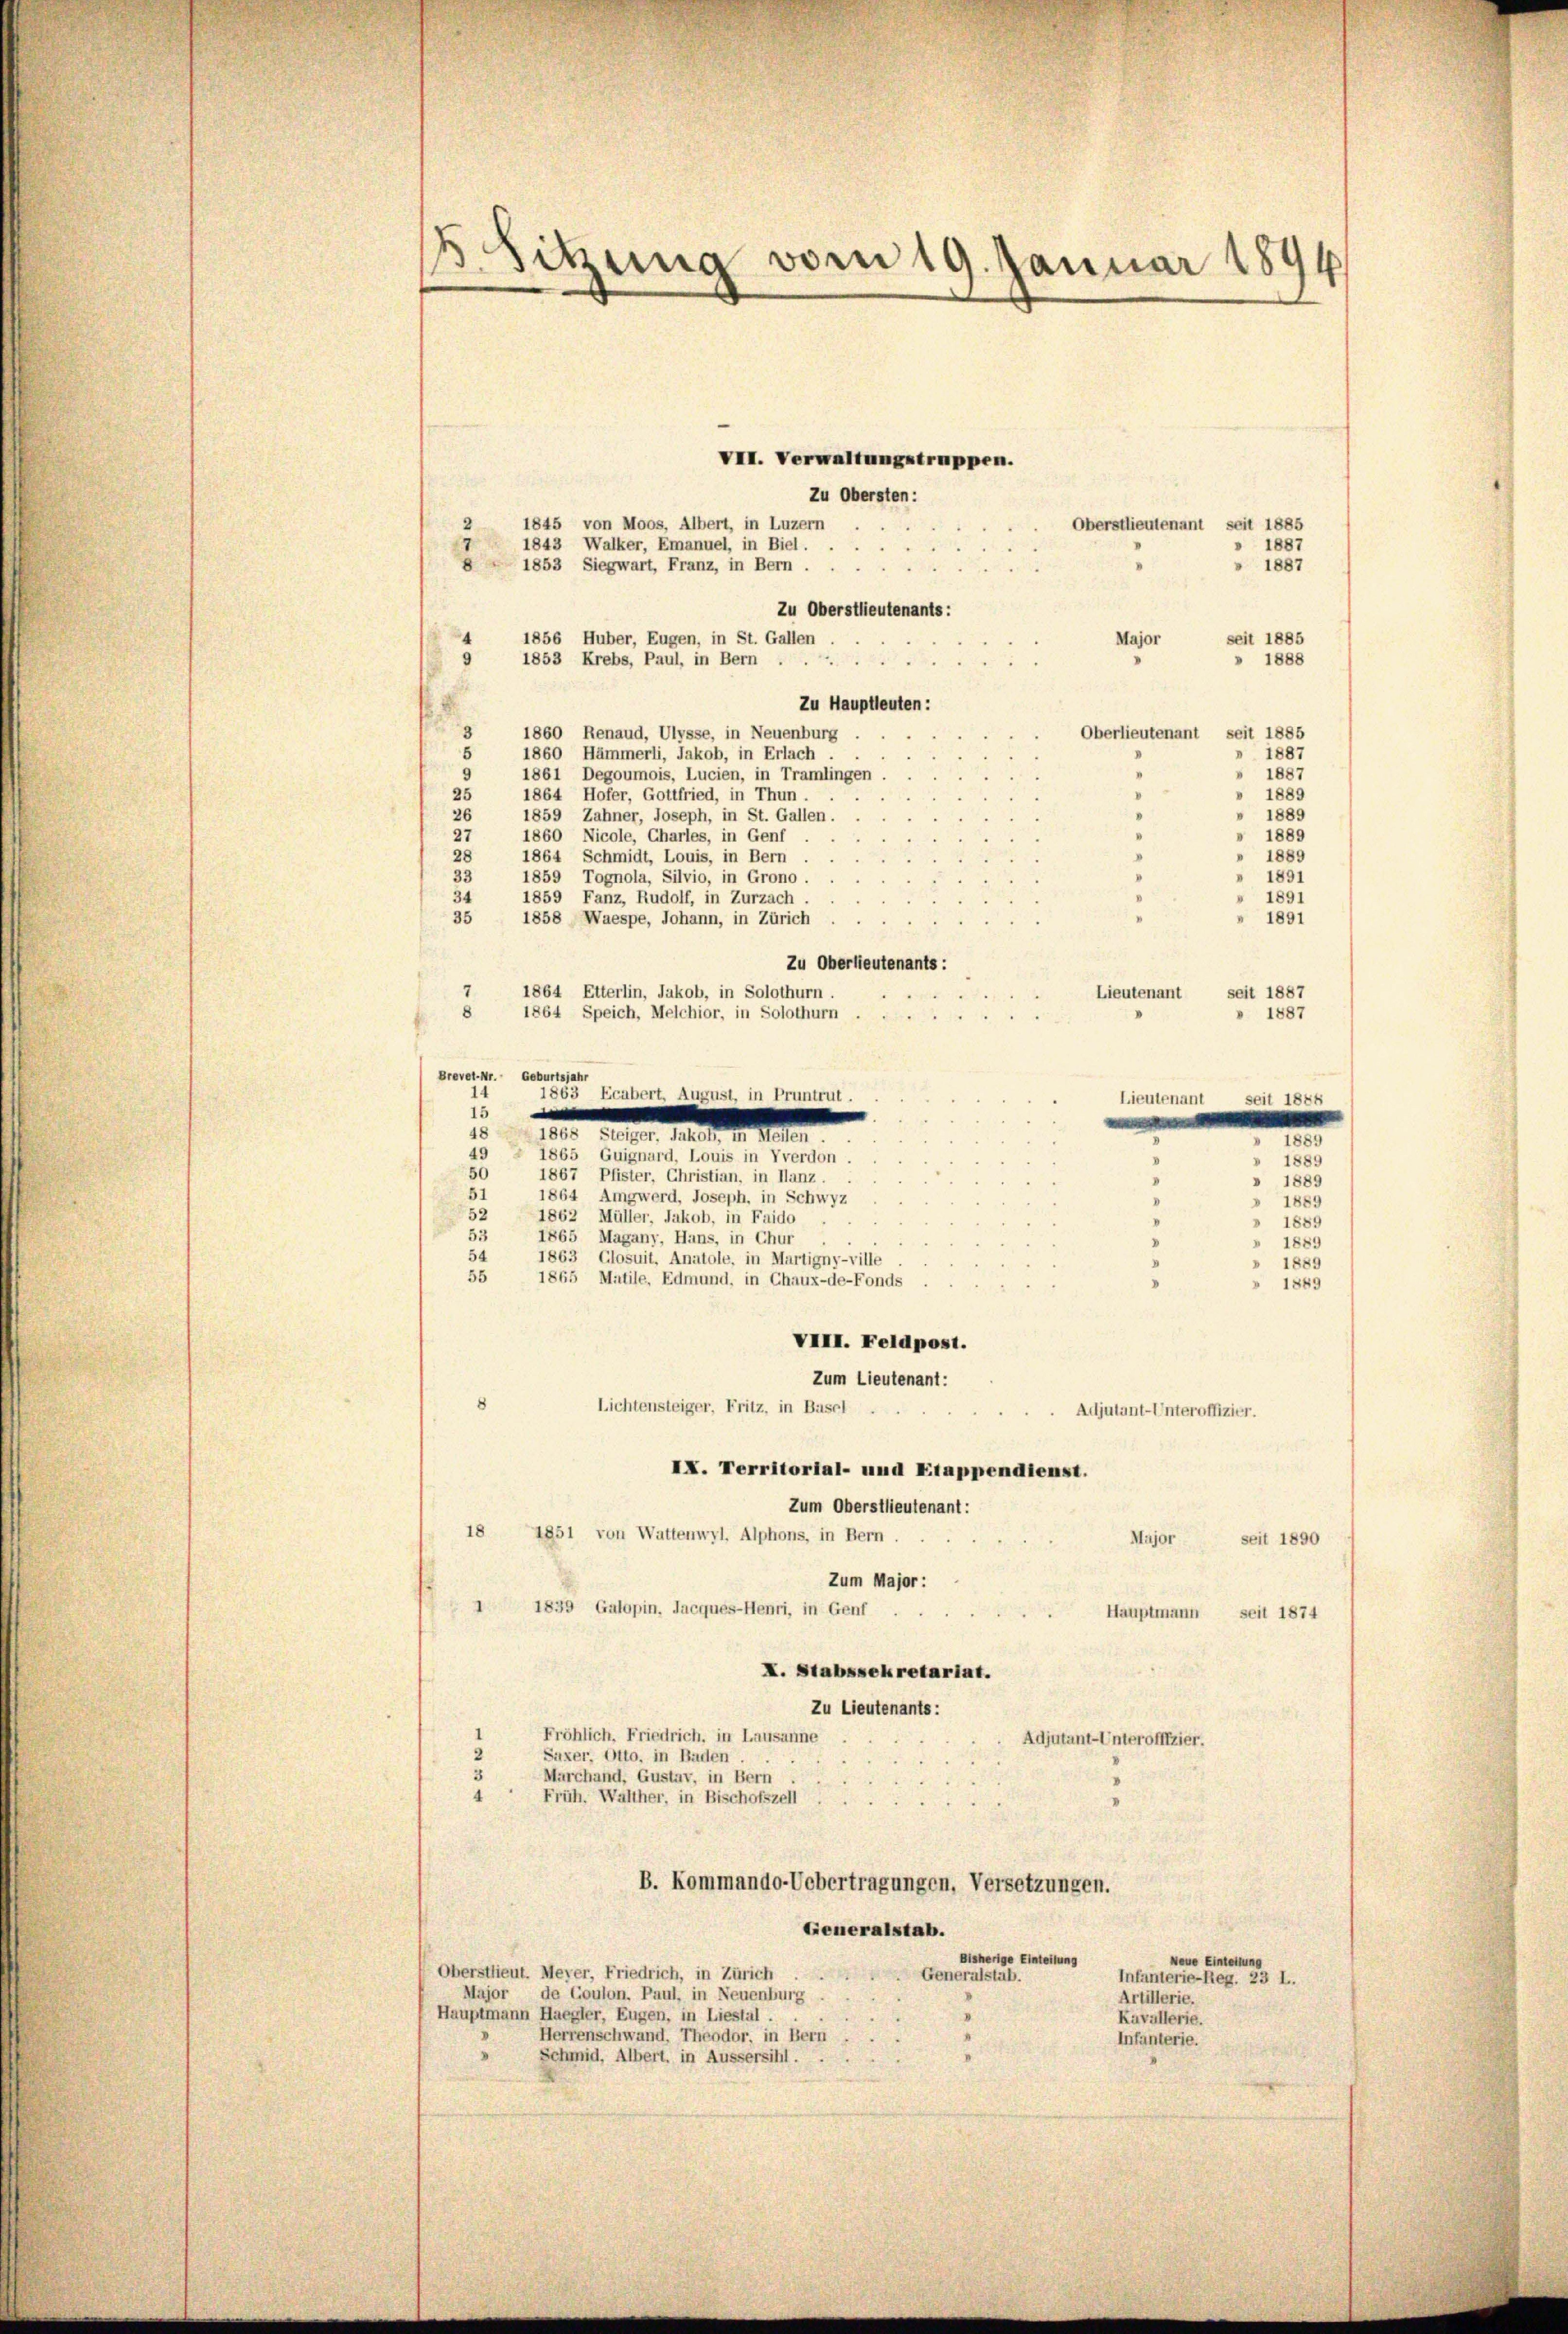
B. Sitzung vom 19. Januar 1894

1845 von Moos, Albert, in Luzern
Oberstlieutenant seit 1885
2
1843 Walker, Emanuel, in Biel.
1887
8
1853 Siegwart, Franz, in Bern.
 1887
Zu Oberstlieutenants:
1856 Huber, Eugen, in St. Gallen
seit 1885
Major
9
1853 Krebs, Paul, in Bern .
 1888
Zu Hauptleuten:
3
Oberlieutenant seit 1885
1860 Renaud, Ulysse, in Neuenburg
1887
1860 Hämmerli, Jakob, in Erlach .
5
 1887
1861 Degoumois, Lucien, in Tramlingen.
1864 Hofer, Gottfried, in Thun.
» 1889
25
V
1889
26
1859 Zahner, Joseph, in St. Gallen.
27
1860 Nicole, Chartes, in Genf
 1889
28
 1889
1864 Schmidt, Louis, in Bern
33
 1891
1859 Tognola, Silvio, in Grono
34
» 1891
1859 Fanz, Rudolf, in Zurzach,
35
1891
1858 Waespe, Johann, in Zürich
Zu Oberlieutenants:
7
1864 Etterlin, Jakob, in Solothurn.
seit 1887
Lieutenant
8 1864 Speich, Melchior, in Solothurn
1887
Brevel-Nr. Geburtsjahr
14
1863 Ecabert, August, in Pruntrut.
Lieutenant
seit 1844
15
e
48
1865 Steiger. Jakob Stellen.
n
I
49
1865 Guignard, Louis in Vverdon.
1889
50
1867 Pfister, Christian, in Ilanz.
» 1889
51
1864 Amgwerd, Joseph. in Schwyz
1889
52
1862 Müller, Jakob, in Faido
1889
.
53
1865 Magany, Hans, in Chur
» 1889
54
1863, Glosuit, Anatole, in Martigny-ville
» 1889
55
1865 Matile. Edmund, in Chaux-de-Fonds
 1849

VIII. Feldpost.
Zum Lieutenant:
Lichtensteiger, Fritz, in Basel
Adjutant-Unteroffizier.
IX. Territorial- und Etappendienst.
Zum Oberstlieutenant:
18 1851 von Wattenwyl. Alphons, in Bern.
Major
Zum Major :
1 1839 Galopin, Jacques-Henri, in Genf
Hauptmann seit 1874
I. Stabssekretariat.
Zu Lieutenants:

8

2

Fröhlich, Friedrich, in Lausanne
Suxer. Otto, in Baden

VII. Verwaltungstruppen.
Zu Obersten:

seit 1890
Adjutant-Unteroffizier.
Marchand, Gustav, in Bern
Früh. Walther, in Bischofszell
B. Kommando-Uebertragungen, Versetzungen.
Generalstab.
Bisherige Einteilung
Neue Einleitung
Oberstlieut. Meyer, Friedrich, in Zürich
Generalstab.
Infanterie-Reg. 23 I.
Major de Goulon. Paul, in Neuenburg
Artillerie.
Hauptmann Haegler, Eugen, in Liestal.
I
Kavallerie.
Herrenschwand. Theodor, in Bern
Infanterie.
Schmid, Albert, in Aussersihl.